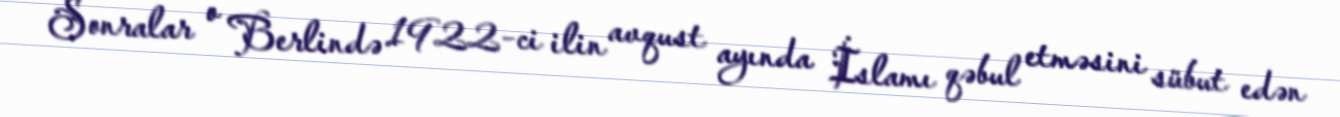
Sonralar o Berlində 1922-ci ilin avqust ayında İslamı qəbul etməsini sübut edən